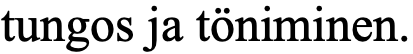
tungos ja töniminen.